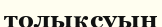
толықсуын